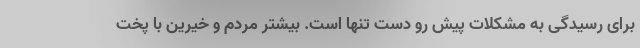
برای رسیدگی به مشکلات پیش رو دست تنها است. بیشتر مردم و خیرین با پخت